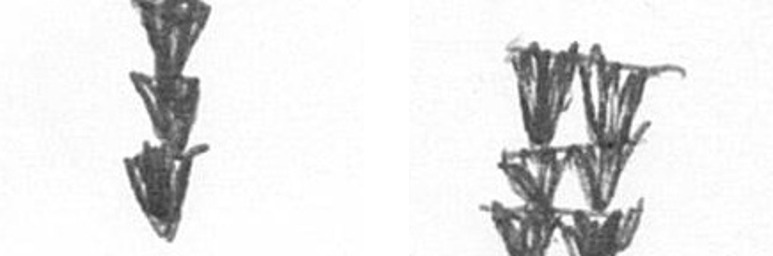
E Y